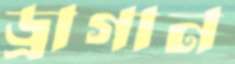
ড্রাগান